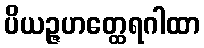
ပိယဉ္ဇဟတ္ထေရဂါထာ